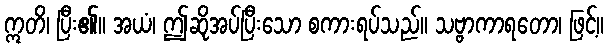
ဣတိ၊ ပြီး၏။ အယံ၊ ဤဆိုအပ်ပြီးသော စကားရပ်သည်။ သဗ္ဗာကာရတော၊ ဖြင့်။